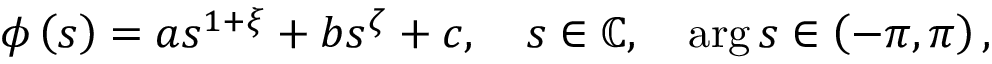
\phi \left( s \right) = a s ^ { 1 + \xi } + b s ^ { \zeta } + c , \quad s \in \mathbb { C } , \quad \arg s \in \left( - \pi , \pi \right) ,